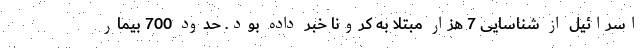
اسرائیل از شناسایی 7 هزار مبتلا به کرونا خبر داده بود. حدود 700 بیمار